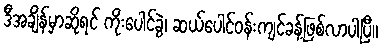
ဒီအချိန်မှာဆိုရင် ကိုးပေါင်ခွဲ၊ ဆယ်ပေါင်ဝန်းကျင်ခန့်ဖြစ်လာပါပြီ။